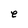
Character: e